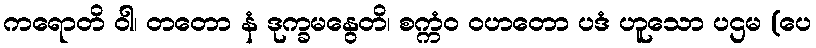
ကရောတိ ဝါ၊ တတော နံ ဒုက္ခမနွေတိ၊ စက္ကံဝ ဝဟတော ပဒံ ဟူသော ပဌမ (ပေ